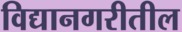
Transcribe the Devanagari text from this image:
विद्यानगरीतील